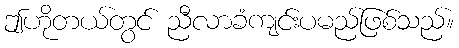
ဤဟိုတယ်တွင် ညီလာခံကျင်းပမည်ဖြစ်သည်။